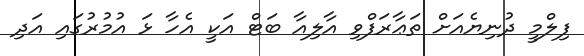
ފިލްމީ ދުނިޔެއަށް ތަޢާރަފްވި އާލިއާ ބަޓް އަކީ އެހާ ޅަ އުމުރުގައި އަދި